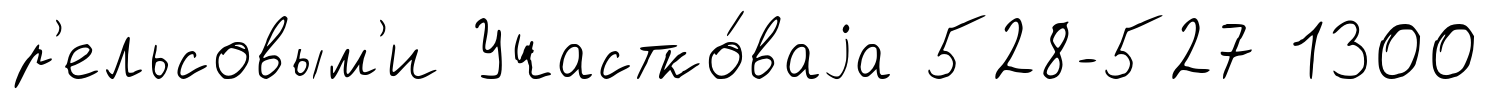
р'ельсовым'и Участко́ваjа 528-527 1300